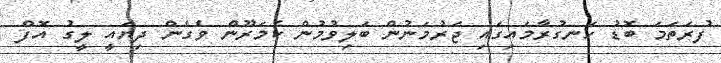
ފުރަތަމަ ބޮޑު ހަނގުރާމައިގައި ޖަރުމަނުން ބަލިވުމުން ކެމަރޫން ވެގެން ދިޔައީ ލީގު އޮފް